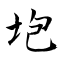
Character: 垉